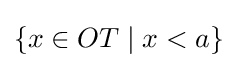
\{x\in OT\;|\;x<a\}